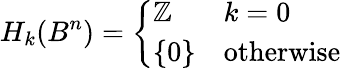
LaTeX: H_{k}(B^{n})={\left\{ \begin{array}{ll}{\mathbb{Z}}&{k=0}\\ {\{ 0\} }&{{\mathrm{otherwise}}}\end{array}\right.}